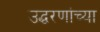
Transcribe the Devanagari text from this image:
उद्धरणांच्या